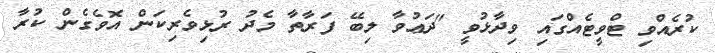
ކުރެއްވި ޓްވީޓެއްގައި ވިދާޅުވީ "ދަޢުވާ ލިބޭ ފަރާތާ މެދު ރުޅިވެރިކަން އޮވެގެން ކުރާ